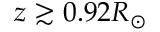
z \gtrsim 0 . 9 2 R _ { \odot }